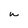
Character: w